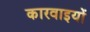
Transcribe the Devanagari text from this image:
कारवाइयों